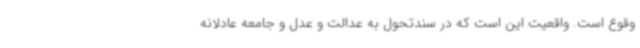
وقوع است. واقعیت این است که در سندتحول به عدالت و عدل و جامعه عادلانه